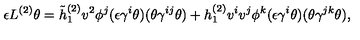
\epsilon L ^ { ( 2 ) } \theta = \tilde { h } _ { 1 } ^ { ( 2 ) } v ^ { 2 } \phi ^ { j } ( \epsilon \gamma ^ { i } \theta ) ( \theta \gamma ^ { i j } \theta ) + h _ { 1 } ^ { ( 2 ) } v ^ { i } v ^ { j } \phi ^ { k } ( \epsilon \gamma ^ { i } \theta ) ( \theta \gamma ^ { j k } \theta ) ,